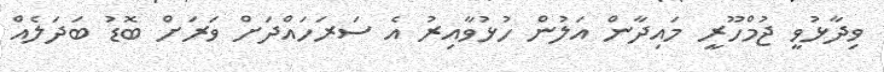
ވިދާޅުވީ ޖުމްހޫރީ މައިދާން އަލުން ހުޅުވާއިރު އެ ސަރަހައްދަށް ވަރަށް ބޮޑު ބަދަލެއް